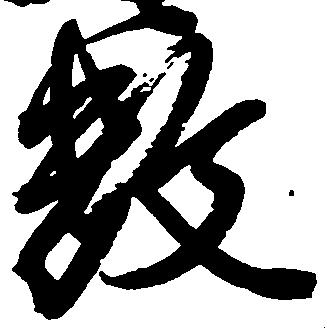
数